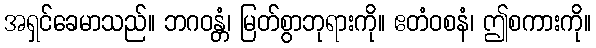
အရှင်ခေမာသည်။ ဘဂဝန္တံ၊ မြတ်စွာဘုရားကို။ ဧတံဝစနံ၊ ဤစကားကို။